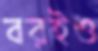
বরইও